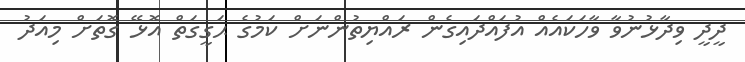
ދީދީ ވިދާޅުނުވާ ވާހަކައެއް އުފައްދައިގެން ރައްޔިތުންނަށް ކަމުގެ ޙަގީގަތް އޮޅޭ ގޮތަށް މިއަދު